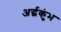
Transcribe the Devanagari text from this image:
अर्द्धकुंभ